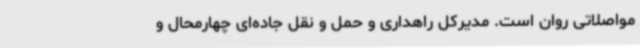
مواصلاتی روان است. مدیرکل راهداری و حمل و نقل جاده‌ای چهارمحال و